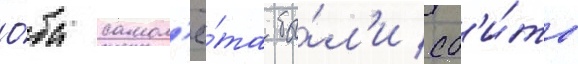
О́ба самол'ё́та бы́л'и сб'и́ты